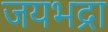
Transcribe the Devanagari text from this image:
जयभद्रा